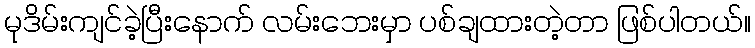
မုဒိမ်းကျင်ခဲ့ပြီးနောက် လမ်းဘေးမှာ ပစ်ချထားတဲ့တာ ဖြစ်ပါတယ်။